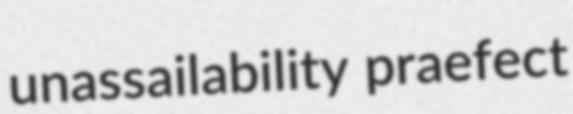
unassailability praefect